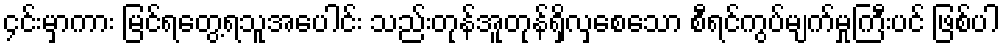
၄င်းမှာကား မြင်ရတွေ့ရသူအပေါင်း သည်းတုန်အူတုန်ရှိလှစေသော စီရင်ကွပ်မျက်မှုကြီးပင် ဖြစ်ပါ